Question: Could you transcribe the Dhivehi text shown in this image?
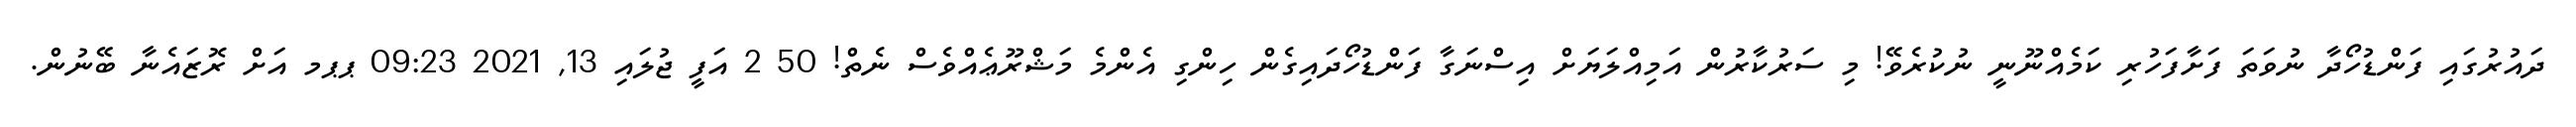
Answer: ދައުރުގައި ފަންޑުހޯދާ ނުވަތަ ފަށާފަހުރި ކަމެއްނޫނީ ނުކުރެވޭ! މި ސަރުކާރުން އަމިއްލަޔަށް އިސްނަގާ ފަންޑުހޯދައިގެން ހިންގި އެންމެ މަޝްރޫޢެއްވެސް ނެތް! 50 2 އަފީ ޖުލައި 13, 2021 09:23 ޕޕމ އަށް ރޮޒައެނާ ބޭނުން.